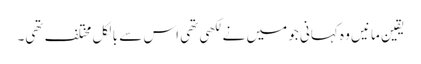
یقین مانیں وہ کہانی جو میں نے لکھی تھی اس سے بالکل مختلف تھی۔